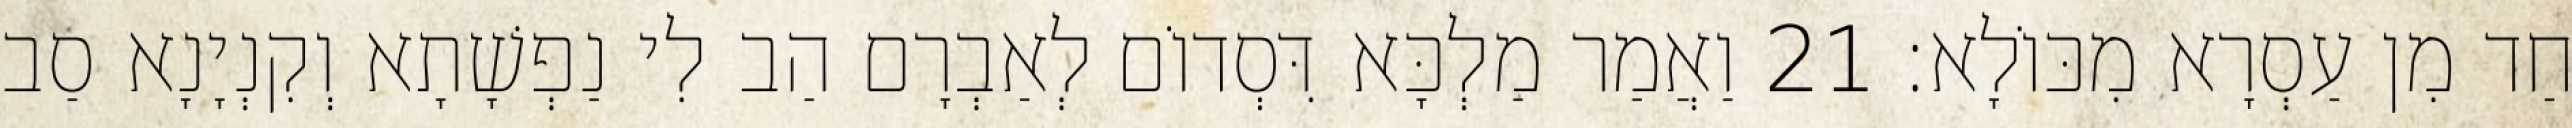
חַד מִן עַסְרָא מִכּוֹלָא׃ 21 וַאֲמַר מַלְכָּא דִּסְדוֹם לְאַבְרָם הַב לִי נַפְשָׁתָא וְקִנְיָנָא סַב